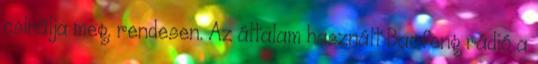
csinálja meg. rendesen. Az általam használt Baofeng rádió a